Rangoon Lunatic Asylum 1893-1897 - 1893-1897
Year: 1893
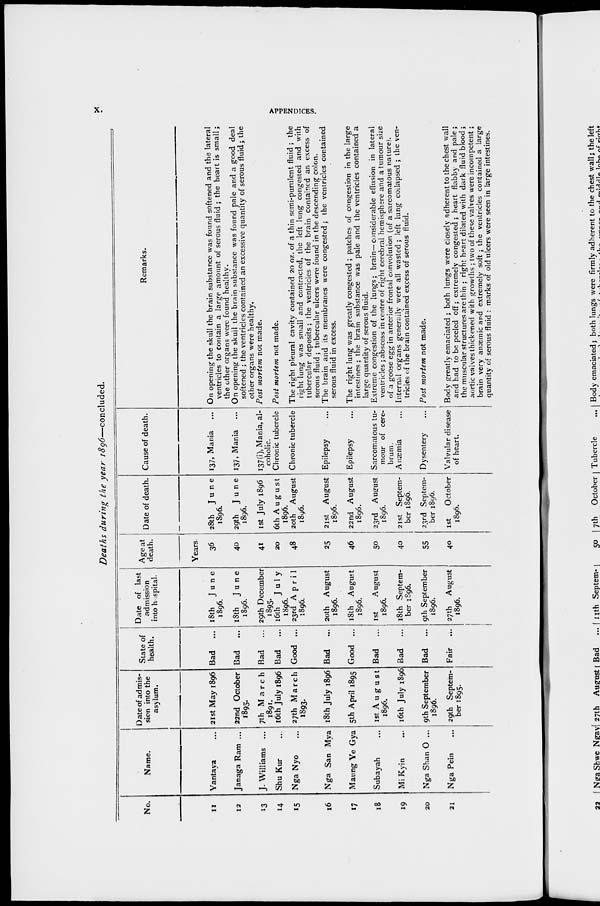
x.
APPENDICES.
Deaths during the year
1896—concluded.
No.
11
12
13
14
15
16
17
18
19
20
21
Name.
Yantaya ...
Janaga Ram ...
J. Williams ...
Shu Kur ...
Nga Nyo ...
Nga San Mya
Mating Ye Gya
Subayah ...
Mi Kyin ...
Nga Shan O...
Nga Pein ...
Date of admis-
sion into the
asylum.
21st May 1896
22nd October
1895.
7th March
1891.
16th July 1896
27th March
1893.
18th July 1896
5th April 1895
1st August
1896.
16th July 1896
9th September
1896.
29th Septem-
ber 1895.
State of
health.
Bad
Bad
...
Bad
...
Bad
...
Good ...
Bad
...
Good ...
Bad
...
Bad
...
Bad
...
Fair ...
Date of last
admission
into hospital.
18th
June
1896.
18th
June
1896.
29th December
1895.
16th
July
1896.
23rd April
1896.
20th August
1896.
18th August
1896.
1st
August
1896.
18th Septem-
ber 1896.
9th September
1896.
27th August
1896.
Age at
death.
Years.
36
40
41
20
48
25
46
50
40
55
40
Date of death.
28th
June
1896.
29th
June
1896.
1st July 1896
6th August
1896.
20th August
1896.
21st August
1896.
22 nd August
1896.
23rd August
1896.
21st Septem-
ber 1896.
23rd Septem-
ber 1896.
1st
October
1896.
Cause of death.
137, Mania ...
137, Mania ...
137(i), Mania, al-
coholic.
Chronic tubercle
Chronic tubercle
Epilepsy ...
Epilepsy ...
Sarcomatous tu-
mour of cere-
brum.
Anæmia
Dysentery
Valvular disease
of heart.
Remarks.
On opening the skull the brain substance was found softened and the lateral
ventricles to contain a large amount of serous fluid ; the heart is small;
the other organs were found healthy.
On opening the skull the brain substance was found pale and a good deal
softened ; the ventricles contained an excessive quantity of serous fluid; the
other organs were healthy.
Post mortem not made.
Post mortem not made.
The right pleural cavity contained 20 oz. of a thin semi-purulent fluid ; the
right lung was small and contracted, the left lung congested and with
tubercular deposits; the ventricles of the brain contained an excess of
serous fluid ; tubercular ulcers were found in the descending colon.
The brain and its membranes were congested; the ventricles contained
serous fluid in excess.
The right lung was greatly congested ; patches of congestion in the large
intestines; the brain substance was pale and the ventricles contained a
large quantity of serous fluid.
Extreme congestion of the lungs; brain—considerable effusion in lateral
ventricles; abscess in centre of right cerebral hemisphere and a tumour size
of a goose egg in anterior frontal convolution (of a sarcomatous nature).
Internal organs generally were all wasted; left lung collapsed ; the ven-
tricles of the brain contained excess of serous fluid.
Post mortem not made.
Body greatly emaciated ; both lungs were closely adherent to the chest wall
and had to be peeled off; extremely congested; heart flabby and pale;
the muscular structures are thin ; right heart dilated with dark fluid blood;
aortic valves thickened with growths ; two of these valves were incompetent;
brain very anaemic and extremely soft; the ventricles contained a large
quantity of serous fluid : marks of old ulcers were seen in large intestines.